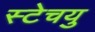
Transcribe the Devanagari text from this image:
स्टेचयु